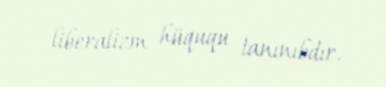
liberalizm hüququ tanınıbdır.